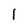
Character: l